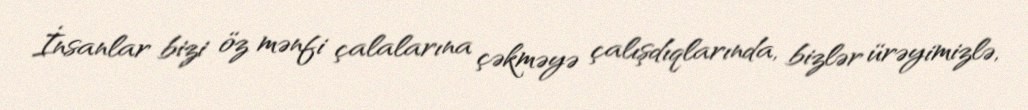
İnsanlar bizi öz mənfi çalalarına çəkməyə çalışdıqlarında, bizlər ürəyimizlə,